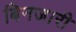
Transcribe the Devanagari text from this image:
बिनजारी